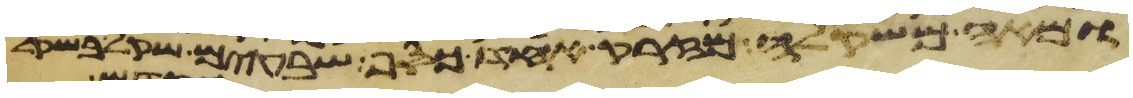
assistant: ומאה משקלה מזרק אחד כסף שבעים שקל בשקל